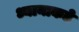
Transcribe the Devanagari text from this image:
ध्यानाकडे